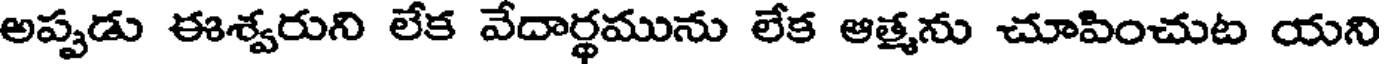
అప్పుడు ఈశ్వరుని లేక వేదార్థమును లేక ఆత్మను చూపించుట యని